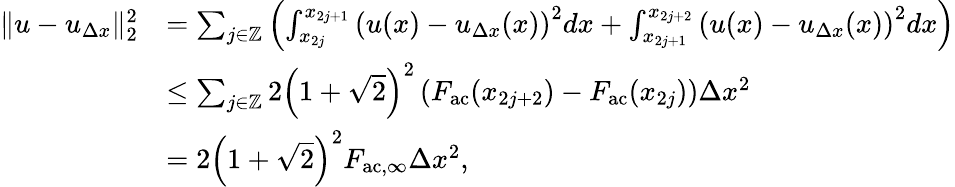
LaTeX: \begin{array}{rl}{\| u-u_{\Delta x}\| _{2}^{2}}&{=\sum_{j\in\mathbb{Z}}\left(\int_{x_{2j}}^{x_{2j+1}}\left(u(x)-u_{\Delta x}(x)\right)^{2}dx+\int_{x_{2j+1}}^{x_{2j+2}}\left(u(x)-u_{\Delta x}(x)\right)^{2}dx\right)}\\ &{\leq\sum_{j\in\mathbb{Z}}2\left(1+\sqrt{2}\right)^{2}\left(F_{\mathrm{ac}}(x_{2j+2})-F_{\mathrm{ac}}(x_{2j})\right)\Delta x^{2}}\\ &{=2\left(1+\sqrt{2}\right)^{2}F_{\mathrm{ac},\infty}\Delta x^{2},}\end{array}